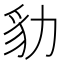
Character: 𧲡